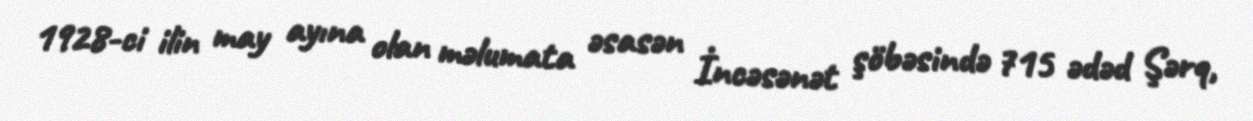
1928-ci ilin may ayına olan məlumata əsasən İncəsənət şöbəsində 715 ədəd Şərq,